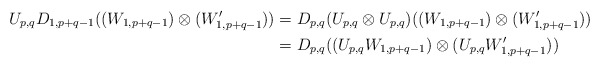
\begin{align*}U_{p,q}D_{1,p+q-1}((W_{1,p+q-1})\otimes(W_{1,p+q-1}'))&=D_{p,q}(U_{p,q}\otimes U_{p,q})((W_{1,p+q-1})\otimes(W_{1,p+q-1}'))\\&=D_{p,q}((U_{p,q}W_{1,p+q-1})\otimes(U_{p,q}W_{1,p+q-1}'))\end{align*}